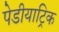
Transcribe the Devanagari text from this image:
पेडीयाट्रिक